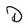
Character: D